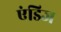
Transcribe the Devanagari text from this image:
एंडिज